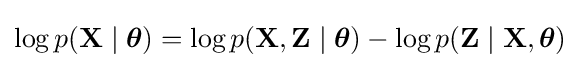
\log p(\mathbf {X} \mid {\boldsymbol {\theta }})=\log p(\mathbf {X} ,\mathbf {Z} \mid {\boldsymbol {\theta }})-\log p(\mathbf {Z} \mid \mathbf {X} ,{\boldsymbol {\theta }})